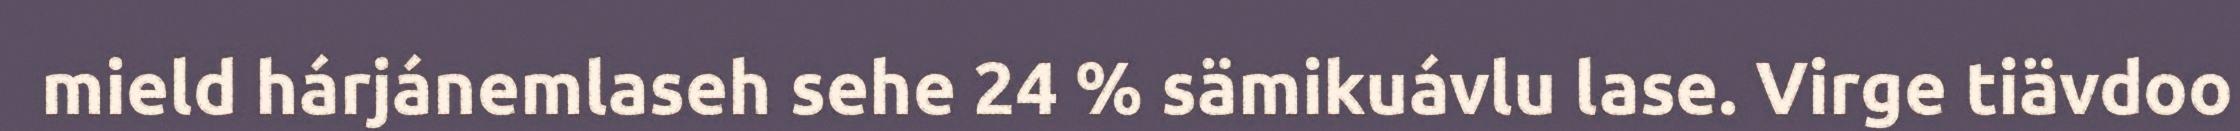
mield hárjánemlaseh sehe 24 % sämikuávlu lase. Virge tiävdoo